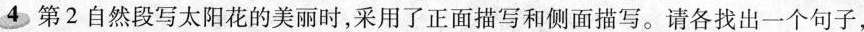
4第2自然段写太阳花的美丽时，采用了正面描写和侧面描写。请各找出一个句子，